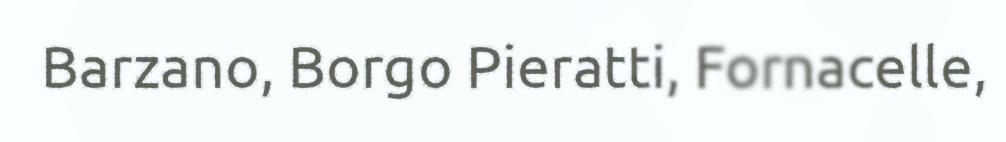
Barzano, Borgo Pieratti, Fornacelle,